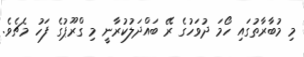
މި މުބާރާތުގައި ހޯމަ ދުވަހުގެ ރޭ ބައްދަލުކުރާނީ މި ގްރޫޕުގެ ފަހު މެޗެވެ.